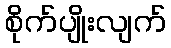
စိုက်ပျိုးလျက်